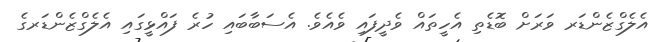
އެލެގްޒެންޑަރ ވަރަށް ބޮޑެތި އެހީތައް ވެދީފައި ވެއެވެ. އެސަބާބައި ހުރެ ފައްޅީގައި އެލެގްޒެންޑަރގެ